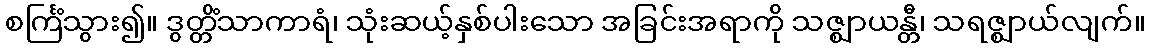
စင်္ကြံသွား၍။ ဒွတ္တိံသာကာရံ၊ သုံးဆယ့်နှစ်ပါးသော အခြင်းအရာကို သဇ္ဈာယန္တီ၊ သရဇ္ဈာယ်လျက်။